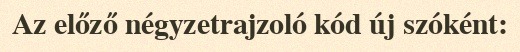
Az előző négyzetrajzoló kód új szóként: